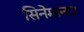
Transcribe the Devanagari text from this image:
सिनेमानाउ